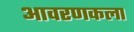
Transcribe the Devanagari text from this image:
आवरणकला